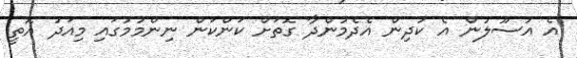
އެ އުސޫލުން އެ ކުދިން އެދެމުންދާ ގޮތަށް ކަންކަން ނިންމުމުގައި މިއަދު އޮތީ